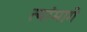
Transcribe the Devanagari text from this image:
त्यांमागे